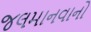
જલમાનવાનો